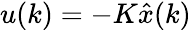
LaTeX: u(k)=-K{\hat{x}}(k)